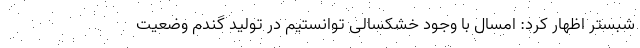
شبستر اظهار کرد: امسال با وجود خشکسالی توانستیم در تولید گندم وضعیت